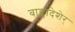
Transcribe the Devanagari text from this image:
बाङ्लादेशेर्